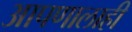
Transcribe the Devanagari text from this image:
आपणालाही